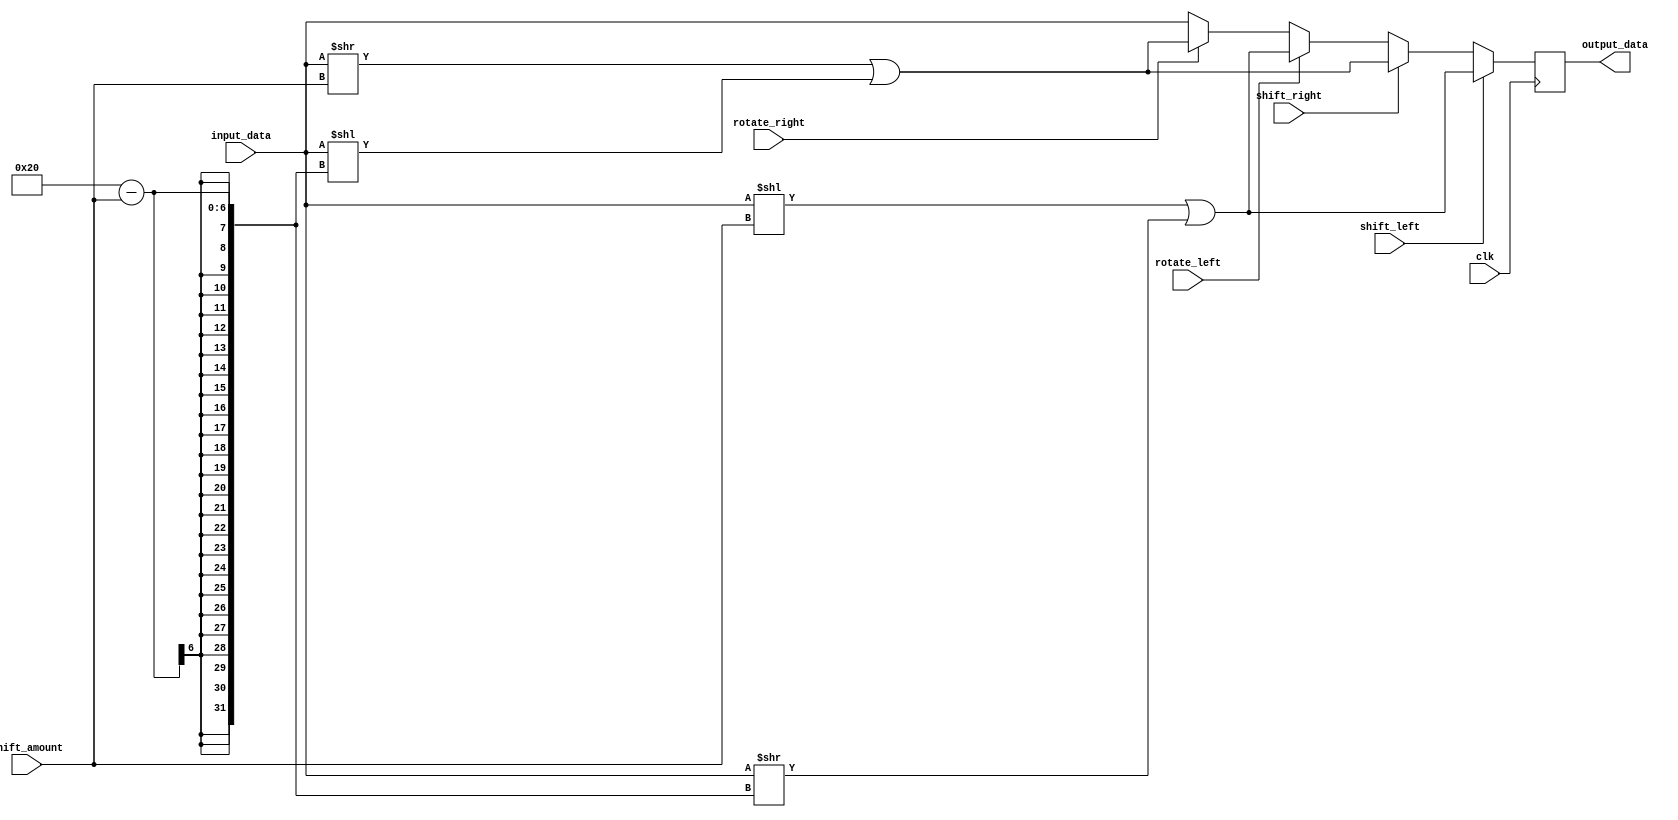
module CircularBarrelShifter (
    input clk,
    input [31:0] input_data,
    input [4:0] shift_amount,
    input shift_left,
    input shift_right,
    input rotate_left,
    input rotate_right,
    output reg [31:0] output_data
);

always @(posedge clk) begin
    if (shift_left) begin
        output_data <= (input_data << shift_amount) | (input_data >> (32 - shift_amount));
    end else if (shift_right) begin
        output_data <= (input_data >> shift_amount) | (input_data << (32 - shift_amount));
    end else if (rotate_left) begin
        output_data <= (input_data << shift_amount) | (input_data >> (32 - shift_amount));
    end else if (rotate_right) begin
        output_data <= (input_data >> shift_amount) | (input_data << (32 - shift_amount));
    end else begin
        output_data <= input_data;
    end
end

endmodule